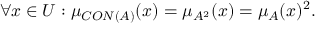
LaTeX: \forall x \in { U } : \mu _ { C O N ( A ) } ( x ) = \mu _ { A ^ { 2 } } ( x ) = \mu _ { A } ( x ) ^ { 2 } .